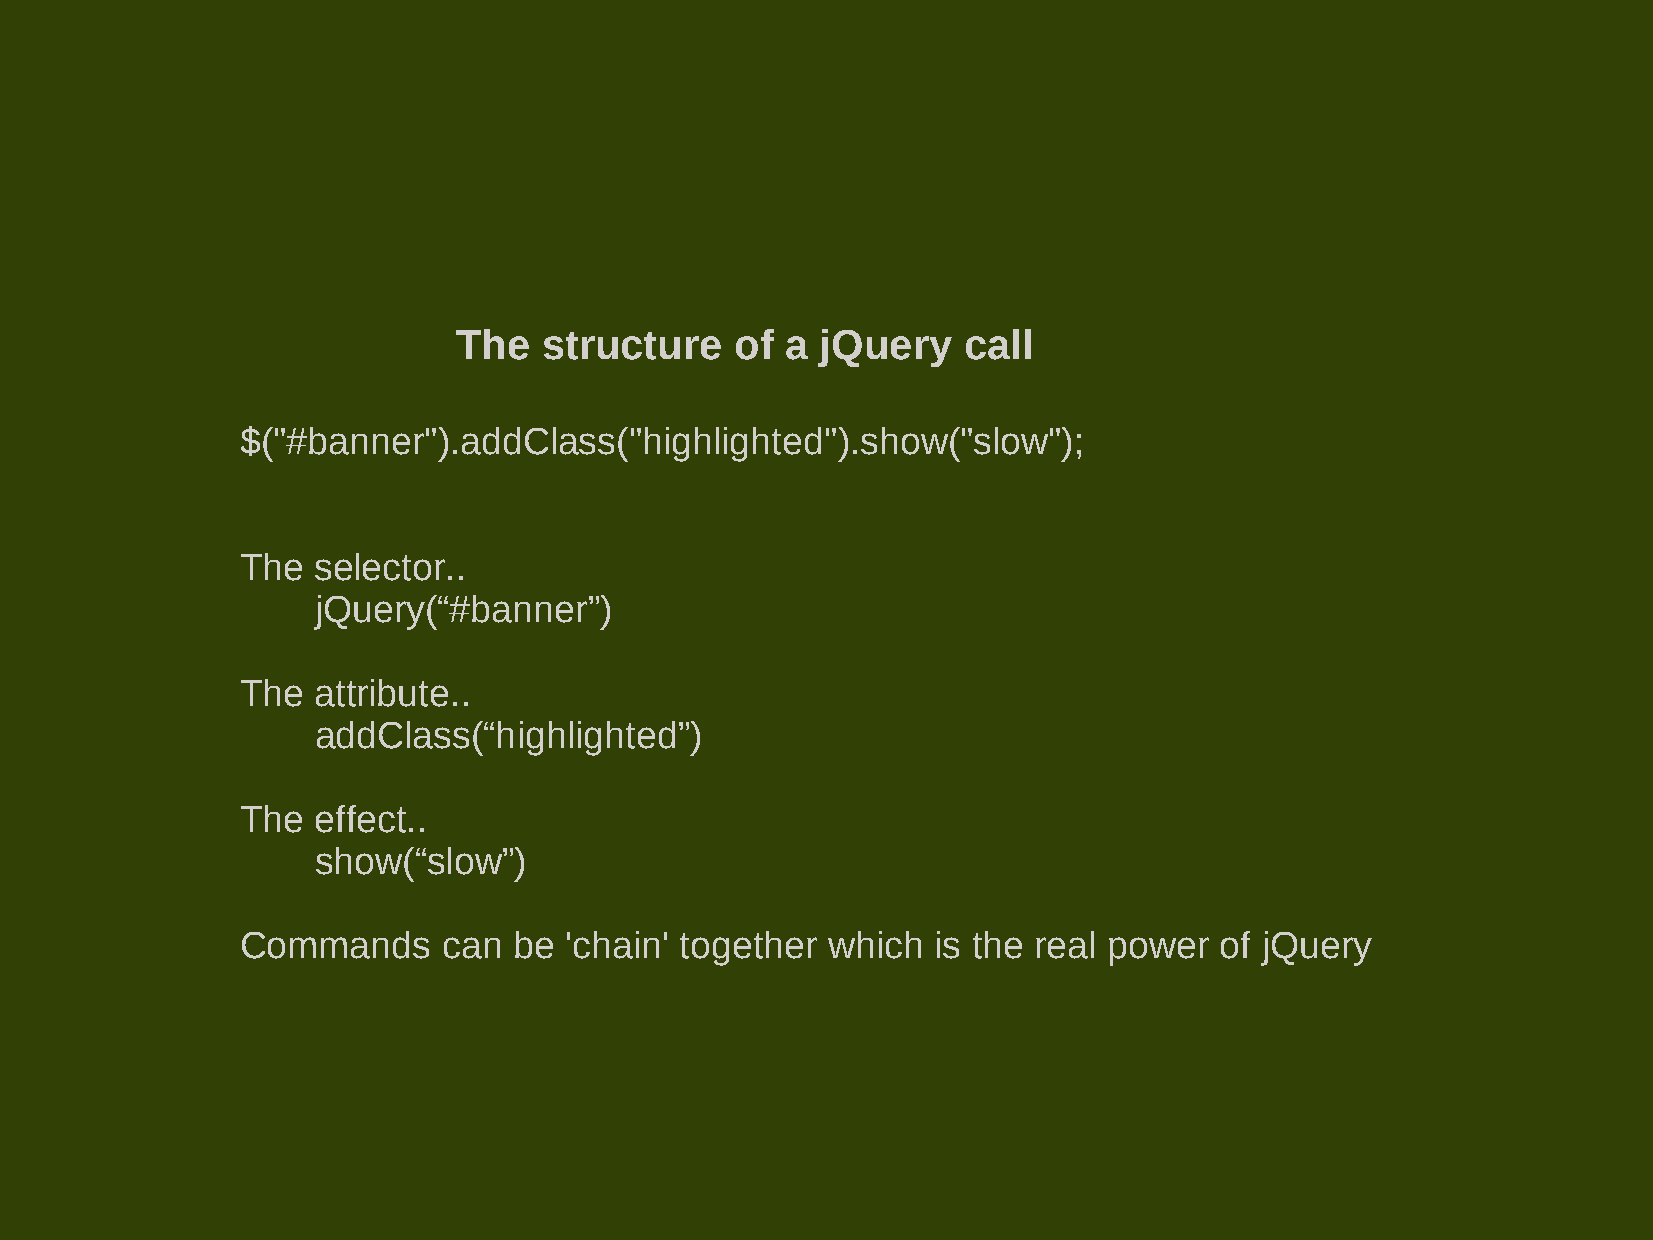
The   structure    of a jQuery    call
 $("#banner").addClass("highlighted").show("slow");
 The  selector..
 jQuery(“#banner”)
 The  attribute..
 addClass(“highlighted”)
 The  effect..
 show(“slow”)
 Commands     can  be 'chain' together  which  is the real power  of jQuery